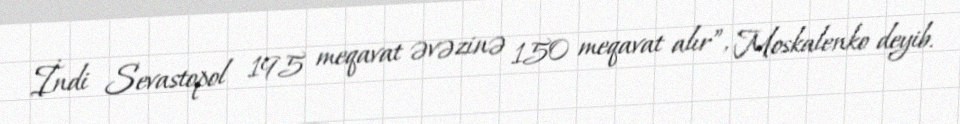
İndi Sevastopol 195 meqavat əvəzinə 150 meqavat alır”, Moskalenko deyib.